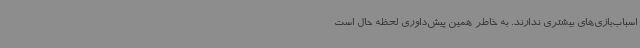
اسباب‌بازی‌های بیشتری ندارند. به خاطر همین پیش‌داوری لحظه حال است